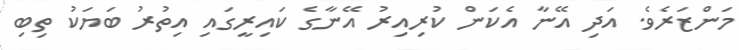
މަންޒަރެވެ. އަދި އޭނާ އެކަން ކުރިއިރު އޭނާގެ ކައިރީގައި އިތުރު ބަޔަކު ތިބި